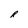
Character: R